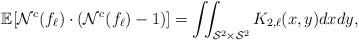
LaTeX: \begin{align*} \mathbb{E}[{\cal N}^c(f_{\ell}) \cdot ({\cal N}^c(f_{\ell})-1)]=\iint_{{\cal S}^2 \times {\cal S}^2} K_{2,\ell}(x,y) d x d y,\end{align*}